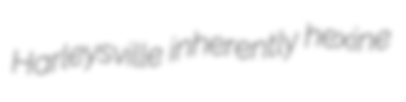
Harleysville inherently hexine